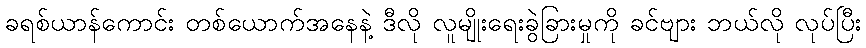
ခရစ်ယာန်ကောင်း တစ်ယောက်အနေနဲ့ ဒီလို လူမျိုးရေးခွဲခြားမှုကို ခင်ဗျား ဘယ်လို လုပ်ပြီး